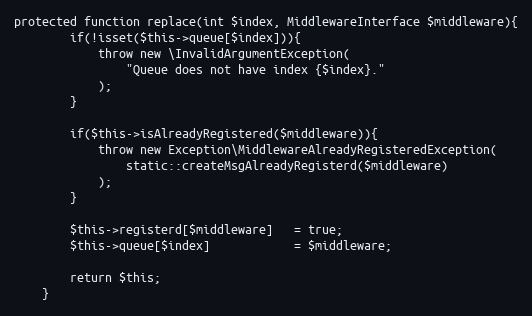
Language: PHP
protected function replace(int $index, MiddlewareInterface $middleware){
        if(!isset($this->queue[$index])){
            throw new \InvalidArgumentException(
                "Queue does not have index {$index}."
            );
        }

        if($this->isAlreadyRegistered($middleware)){
            throw new Exception\MiddlewareAlreadyRegisteredException(
                static::createMsgAlreadyRegisterd($middleware)
            );
        }

        $this->registerd[$middleware]   = true;
        $this->queue[$index]            = $middleware;

        return $this;
    }